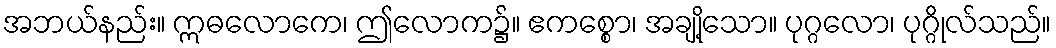
အဘယ်နည်း။ ဣဓလောကေ၊ ဤလောက၌။ ဧကစ္စော၊ အချို့သော။ ပုဂ္ဂလော၊ ပုဂ္ဂိုလ်သည်။